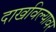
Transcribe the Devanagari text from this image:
दाखविल्यावर